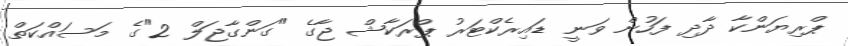
ޕްރިޔަންކާ ދާދި ފަހުން ވަނީ ޑައިރެކްޓަރު ޕްރަކާޝް ޖާގެ "ގަންގާޖަލް 2"ގެ މަސައްކަތް